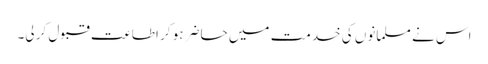
اس نے مسلمانوں کی خدمت میں حاضر ہو کر اطاعت قبول کر لی۔